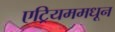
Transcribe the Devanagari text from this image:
एट्रियममधून